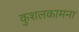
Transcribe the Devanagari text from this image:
कुशलकामना